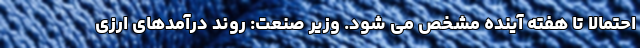
احتمالا تا هفته آینده مشخص می شود. وزیر صنعت: روند درآمد‌های ارزی